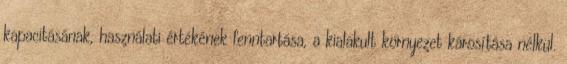
kapacitásának, használati értékének fenntartása, a kialakult környezet károsítása nélkül.